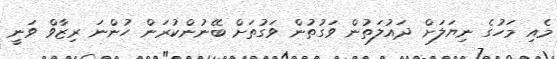
މެއި މަހުގެ ނިޔަލަށް ދައުލަތުން ވަގުތުން ވަގުތަށް ބޭނުންކުރަން ހުންނަ ރިޒާވް ވަނީ